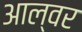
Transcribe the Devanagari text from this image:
आल्वर